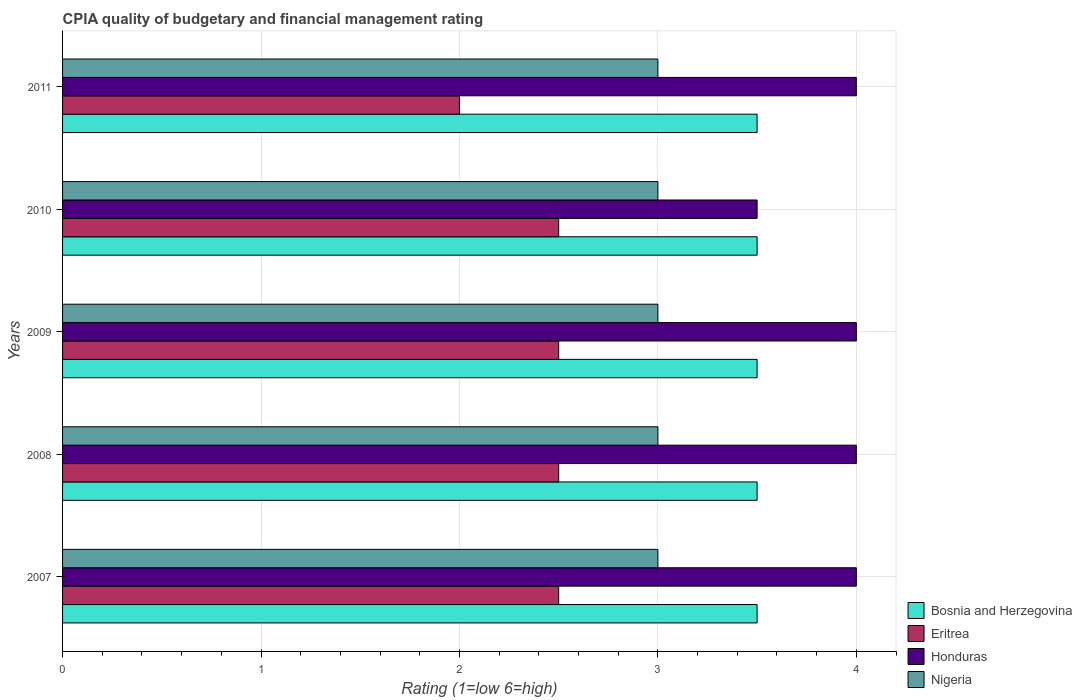
| Years | Bosnia and Herzegovina | Eritrea | Honduras | Nigeria |
 | --- | --- | --- | --- | --- |
 | 2007 | 3.5 | 2.5 | 4 | 3 |
 | 2008 | 3.5 | 2.5 | 4 | 3 |
 | 2009 | 3.5 | 2.5 | 4 | 3 |
 | 2010 | 3.5 | 2.5 | 3.5 | 3 |
 | 2011 | 3.5 | 2 | 4 | 3 |